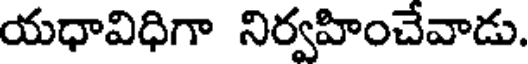
యధావిధిగా నిర్వహించేవాడు.